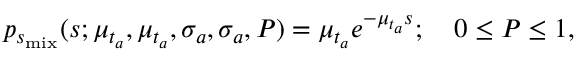
p _ { s _ { \mathrm { m i x } } } ( s ; \mu _ { t _ { a } } , \mu _ { t _ { a } } , \sigma _ { a } , \sigma _ { a } , P ) = \mu _ { t _ { a } } e ^ { - \mu _ { t _ { a } } s } ; \quad 0 \le P \le 1 ,